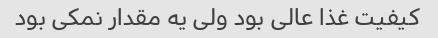
کیفیت غذا عالی بود ولی یه مقدار نمکی بود